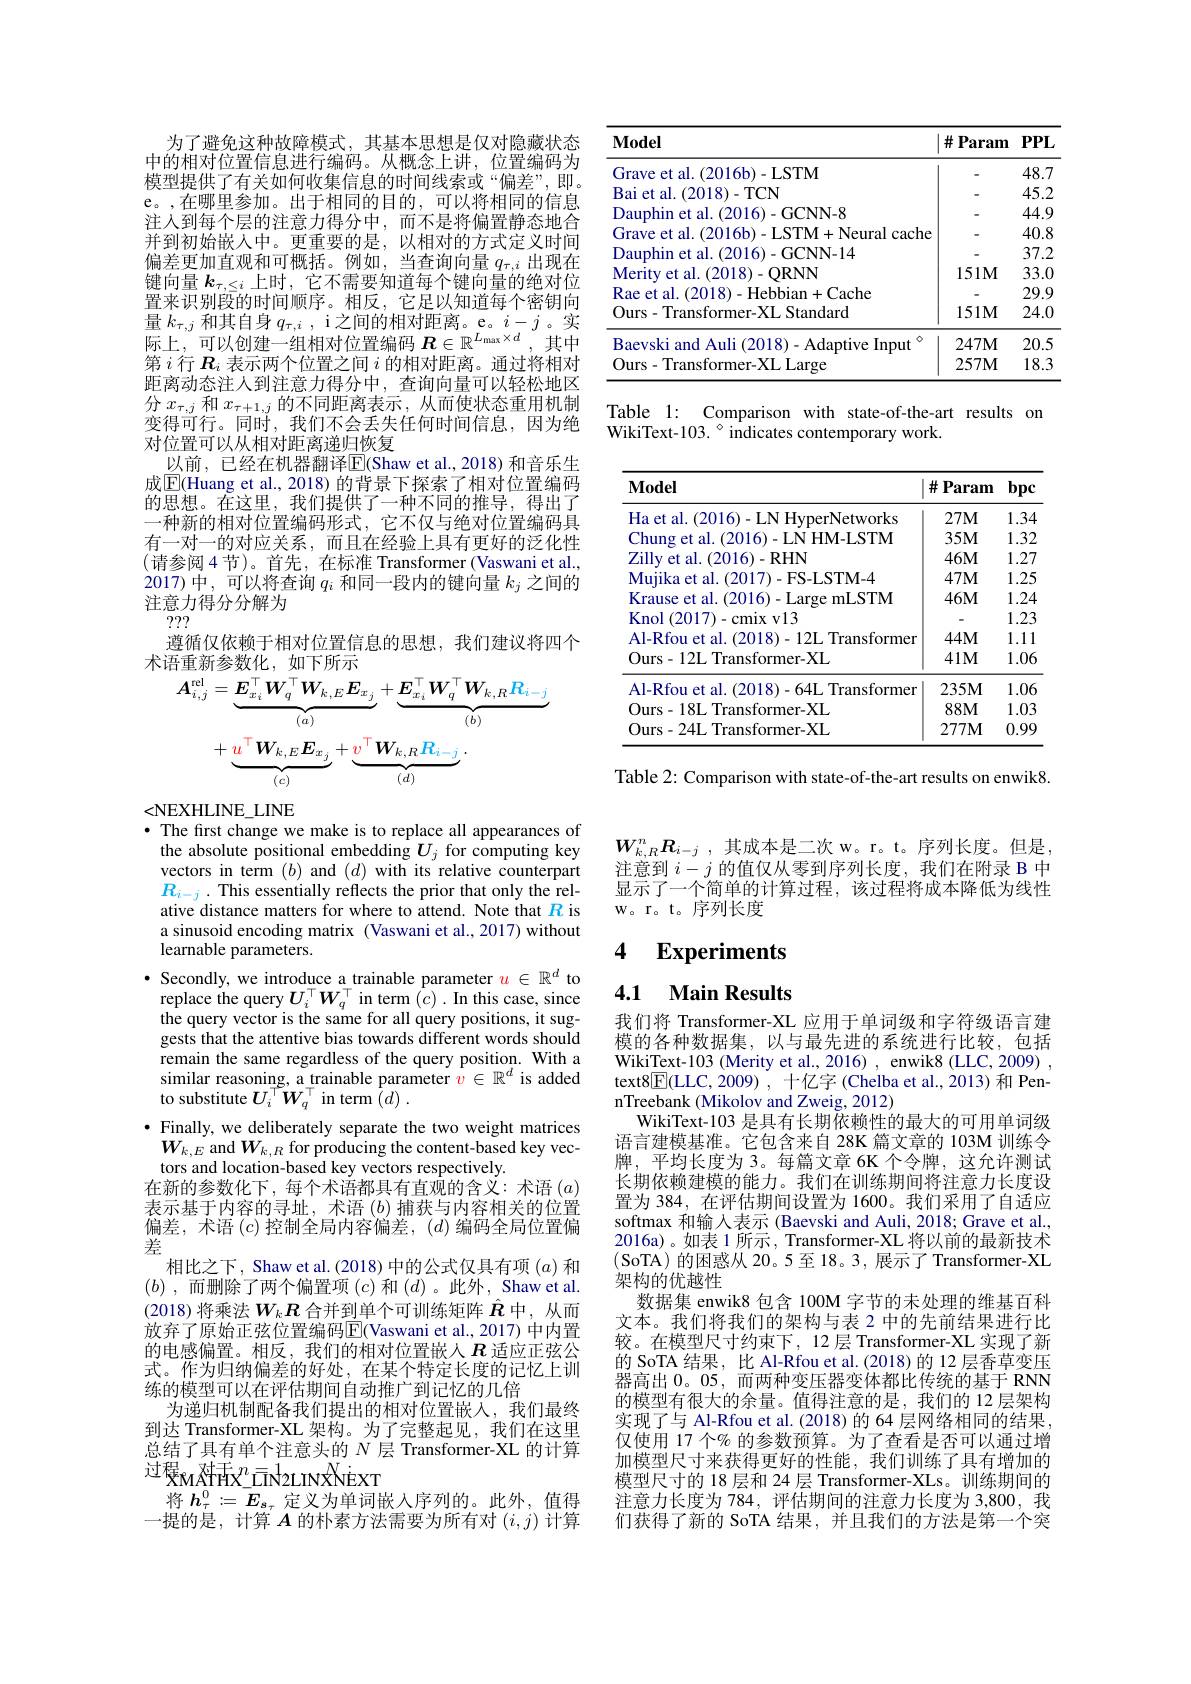
为了避免这种故障模式，其基本思想是仅对隐藏状态中的相对位置信息进行编码。从概念上讲，位置编码为模型提供了有关如何收集信息的时间线索或“偏差”,即。e。,在哪里参加。出于相同的目的，可以将相同的信息注人到每个层的注意力得分中，而不是将偏置静态地合并到初始嵌入中。更重要的是，以相对的方式定义时间$\begin{array}{c}\text{偏差更加直观和可概括。例如，当查询向量 }q_{\tau,i}\text{出现在}\\\text{键向量 }k_{\tau,\leq i}\text{ 上时，它不需要知道每个键向量的绝对位}\end{array}$ 置来识别段的时间顺序。相反，它足以知道每个密钥向$\begin{array}{l}{\text{量 }k_{\tau,j}\text{ 和其自身 }q_{\tau,i}\mathrm{~,~i~之间的相对距离。e。}i-j\text{ 。实}}\\{\text{际上，可以创建一组相对位置编码 }R\in\mathbb{R}^{L_{\max}\times d},\text{ 其中}}\\{\text{标上，可以创建一组相对位置编码 }R\in\mathbb{R}^{L_{\max}\times d},\text{ 其中}}\end{array}$ 第$i$行$\boldsymbol R_i$表示两个位置之间$i$的相对距离。通过将相对距离动态注人到注意力得分中，查询向量可以轻松地区分$x_{\tau,j}$和$x_{\tau+1,j}$的不同距离表示，从而使状态重用机制变得可行。同时，我们不会丢失任何时间信息，因为绝对位置可以从相对距离递归恢复
以前，已经在机器翻译E$( Shaw et al. , 2018) $和音乐生成$\boxed{\mathrm{E}}($Huang et al., 2018) 的背景下探索了相对位置编码的思想。在这里，我们提供了一种不同的推导，得出了一种新的相对位置编码形式，它不仅与绝对位置编码具有一对一的对应关系，而且在经验上具有更好的泛化性(请参阅4节)。首先，在标准 Transformer(Vaswani et al., 2017)中，可以将查询$q_i$和同一段内的键向量$k_j$之间的注意力得分分解为
???
遵循仅依赖于相对位置信息的思想，我们建议将四个
术语重新参数化，如下所示
$$\begin{aligned}&\boldsymbol{A}_{i,j}^{\mathrm{rel}}=\underbrace{\boldsymbol{E}_{x_{i}}^{\top}\boldsymbol{W}_{q}^{\top}\boldsymbol{W}_{k,E}\boldsymbol{E}_{x_{j}}}_{(a)}+\underbrace{\boldsymbol{E}_{x_{i}}^{\top}\boldsymbol{W}_{q}^{\top}\boldsymbol{W}_{k,R}R_{i-j}}_{(b)}\\&+\underbrace{u^{\top}\boldsymbol{W}_{k,E}\boldsymbol{E}_{x_{j}}}_{(c)}+\underbrace{v^{\top}\boldsymbol{W}_{k,R}R_{i-j}}_{(d)}.\end{aligned}$$
<NEXHLINE\_LINE
$\bullet$ The first change we make is to replace all appearances of

the absolute positional embedding $U_j$ for computing key vectors in term $(b)$ and $(d)$ with its relative counterpart $R_{i-j}$ .This essentially reflects the prior that only the relative distance matters for where to attend. Note that $R$ is a sinusoid encoding matrix (Vaswani et al., 2017) without learnable parameters.
· Secondly, we introduce a trainable parameter $u\in\mathbb{R}^d$ to
replace the query $\boldsymbol{U}_i^\top\boldsymbol{W}_q^\top$ in term $(\dot{c}).$ In this case, since the query vector is the same for all query positions, it suggests that the attentive bias towards different words should remain the same regardless of the query position. With a similar reasoning, a trainable parameter $v\in\mathbb{R}^d$ is added to substitute $U_{i}^{\top}W_{q}^{\top}$ in term $\bar{( } d)$ .
$\bullet$ Finally, we deliberately separate the two weight matrices
$W_{k,E}$ and $W_k,R$ for producing the content-based key vec-
tors and location-based key vectors respectively.
在新的参数化下，每个术语都具有直观的含义：术语$(a)$ 表示基于内容的寻址，术语$(b)$捕获与内容相关的位置偏差，术语$(c)$控制全局内容偏差，$(d)$编码全局位置偏差
相比之下，Shaw et al.(2018) 中的公式仅具有项$(a)$和$(b)$ ,而删除了两个偏置项 $(c)$ 和$(d)$ 。此外，Shaw et al. (2018)将乘法$W_k\boldsymbol{R}$合并到单个可训练矩阵$\hat{\boldsymbol{R}}$中，从而放弃了原始正弦位置编码$\overline{\mathrm{E}}($Vaswani et al., 2017) 中内置的电感偏置。相反，我们的相对位置嵌人$R$适应正弦公式。作为归纳偏差的好处，在某个特定长度的记忆上训练的模型可以在评估期间自动推广到记忆的几倍
为递归机制配备我们提出的相对位置嵌入，我们最终到达 Transformer-XL 架构。为了完整起见，我们在这里总结了具有单个注意头的$N$层 Transformer-XL 的计算$\text{过程}_{\text{МАНХ}_0}^n=1$IN2LINXNEXT
将$h_\tau^0:=E_{s_\tau}$定义为单词嵌人序列的。此外，值得一提的是，计算$A$的朴素方法需要为所有对$(i,j)$计算

<table>
	<tbody>
		<tr>
			<th>$\mathbf{Model}$</th>
			<th>$\#$Param</th>
			<th>$PPL$</th>
		</tr>
		<tr>
			<td>Grave et al. (2016b)-LSTM</td>
			<td> </td>
			<td>48.7</td>
		</tr>
		<tr>
			<td>Kal Pf TIL $TCN$</td>
			<td> </td>
			<td>45.2</td>
		</tr>
		<tr>
			<td>GCNN-8</td>
			<td> </td>
			<td>44.9</td>
		</tr>
		<tr>
			<td> </td>
			<td> </td>
			<td>40.8</td>
		</tr>
		<tr>
			<td>CNN-14</td>
			<td> </td>
			<td>37.2</td>
		</tr>
		<tr>
			<td>$DRNN$</td>
			<td>$151M$</td>
			<td>33.0</td>
		</tr>
		<tr>
			<td> </td>
			<td> </td>
			<td>29.</td>
		</tr>
		<tr>
			<td>Ours- Transformer-XL Standard</td>
			<td>$151M$</td>
			<td>24.0</td>
		</tr>
		<tr>
			<td>Baevski and Auli i(2018)-Adaptive Input</td>
			<td>$247M$</td>
			<td>20.5</td>
		</tr>
		<tr>
			<td>Ours- Transformer-XL Large</td>
			<td>$257M$</td>
			<td>18.3</td>
		</tr>
	</tbody>
</table>

Table 1: Comparison with state-of-the-art results on
$WikiText-103.~^{\circ}~indicates~contemporary~work.$

<table>
	<tbody>
		<tr>
			<th>$\mathbf{Model}$</th>
			<th>$\#$ Param</th>
			<th>bpc</th>
		</tr>
		<tr>
			<td>Ha et al. (2016)- LN HyperNetworks</td>
			<td>$27M$</td>
			<td>1.34</td>
		</tr>
		<tr>
			<td>Chung et al. (2016)-LN HM-LSTM</td>
			<td>$35M$</td>
			<td>1.32 </td>
		</tr>
		<tr>
			<td>Zilly et al. (2016)-RHN</td>
			<td>$46M$</td>
			<td>1.27</td>
		</tr>
		<tr>
			<td>Muiika et al. .(2017)-FS-LSTM-4</td>
			<td>$47M$</td>
			<td>1.25</td>
		</tr>
		<tr>
			<td>Krause et al. 1.(2016)-Large mLSTM</td>
			<td>$46M$</td>
			<td>1.24</td>
		</tr>
		<tr>
			<td>Knol (2017)-cmix v13</td>
			<td> </td>
			<td>1.23</td>
		</tr>
		<tr>
			<td>Al-Rfou et al. (2018)-12L Transformer</td>
			<td>$44M$</td>
			<td>1 1. 1</td>
		</tr>
		<tr>
			<td>Ours-12L Transformer-XL</td>
			<td>$41M$</td>
			<td>1.06</td>
		</tr>
		<tr>
			<td>Al-Rfou et al. (2018)-64L Transformer</td>
			<td>$235M$</td>
			<td>1.06</td>
		</tr>
		<tr>
			<td>Ours-18L Transformer-XL</td>
			<td>$88M$</td>
			<td>1.03</td>
		</tr>
		<tr>
			<td>Ours-24L Transformer-XL</td>
			<td>$277M$</td>
			<td>0.99</td>
		</tr>
	</tbody>
</table>

Table 2: Comparison with state-of-the-art results on enwik8

$W_{k, R}^n\boldsymbol{R}_{i- j}$ ,其成本是二次 w。r。t。序列长度。但是注意到$i-j$的值仅从零到序列长度，我们在附录 B 中显示了一个简单的计算过程，该过程将成本降低为线性W。r。t。序列长度

## 4 Experiments

# 4.1 Main Results

我们将 Transformer-XL 应用于单词级和字符级语言建模的各种数据集，以与最先进的系统进行比较，包括WikiText-103 (Merity et al., 2016) , enwik8 (LLC, 2009) , text$8\boxed{\mathrm{F}}($LLC, 2009) ,十亿字 (Chelba et al., 2013) 和 PennTreebank (Mikolov and Zweig, 2012)
WikiText-103 是具有长期依赖性的最大的可用单词级语言建模基准。它包含来自 28K 篇文章的 103M 训练令牌，平均长度为 3。每篇文章 6K 个令牌，这允许测试长期依赖建模的能力。我们在训练期间将注意力长度设置为 384, 在评估期间设置为 1600。我们采用了自适应softmax 和输入表示 (Baevski and Auli, 2018; Grave et al., 2016a)。如表 1 所示，Transformer-XL 将以前的最新技术(SoTA)的困惑从20。5至18。3,展示了Transformer-XL 架构的优越性
数据集 enwik8 包含 100M 字节的未处理的维基百科文本。我们将我们的架构与表 2 中的先前结果进行比较。在模型尺寸约束下，12层 Transformer-XL 实现了新的 SoTA 结果，比 Al-Rfou et al.(2018)的 12 层香草变压器高出0。05, 而两种变压器变体都比传统的基于 RNN 的模型有很大的余量。值得注意的是，我们的 12 层架构实现了与 Al-Rfou et al. (2018)的 64 层网络相同的结果， 仅使用 17 个% 的参数预算。为了查看是否可以通过增加模型尺寸来获得更好的性能，我们训练了具有增加的模型尺寸的 18 层和 24 层 Transformer-XLs。训练期间的注意力长度为 784, 评估期间的注意力长度为 3,800, 我们获得了新的 SoTA 结果，并且我们的方法是第一个突